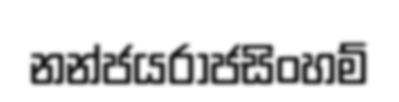
නන්ජයරාජසිංහම්